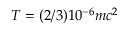
T = ( 2 / 3 ) 1 0 ^ { - 6 } m c ^ { 2 }